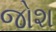
જોશ